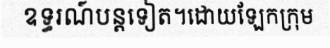
ឧទ្ធរណ៍បន្តទៀត។ដោយឡែកក្រុម